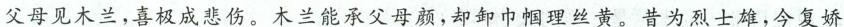
父母见木兰，喜极成悲伤。木兰能承父母颜，却卸巾帼理丝黄。昔为烈士雄，今复娇